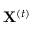
\mathbf { X } ^ { ( t ) }